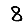
Digit: 8